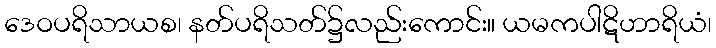
ဒေဝပရိသာယစ၊ နတ်ပရိသတ်၌လည်းကောင်း။ ယမကပါဋိဟာရိယံ၊